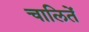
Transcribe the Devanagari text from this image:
चालितें